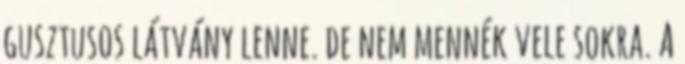
gusztusos látvány lenne. de nem mennék vele sokra. A